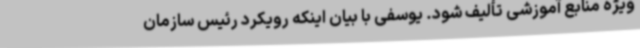
ویژه منابع آموزشی تألیف شود. یوسفی با بیان اینکه رویکرد رئیس سازمان